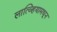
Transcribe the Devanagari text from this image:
लात्व्हियामधून